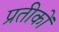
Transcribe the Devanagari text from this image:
प्रतीकोंं